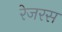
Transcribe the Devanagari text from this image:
रेजरस